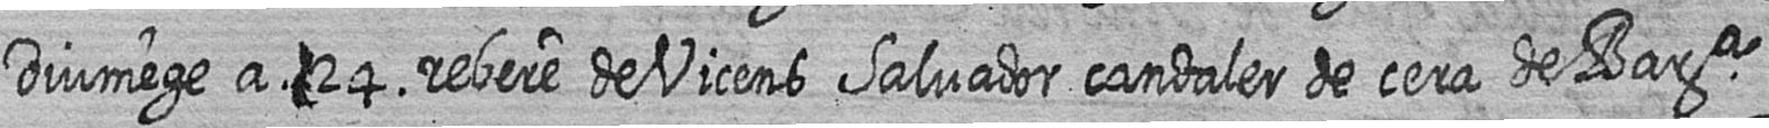
Diumege a # 24 rebere de Vicens Salvador candaler de cera de Bara